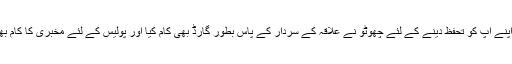
شروع میں اپنے آپ کو تحفظ دینے کے لئے چھوٹو نے علاقہ کے سردار کے پاس بطور گارڈ بھی کام کیا اور پولیس کے لئے مخبری کا کام بھی کرتا رہا۔